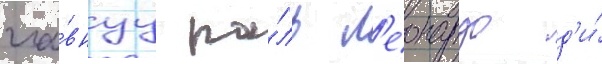
гла́внуу ро́ль л'еонардо д'и́